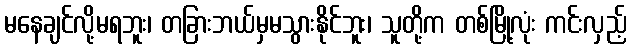
မနေချင်လို့မရဘူး၊ တခြားဘယ်မှမသွားနိုင်ဘူး၊ သူတို့က တစ်မြို့လုံး ကင်းလှည့်